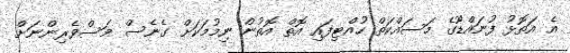
އެ އަތޮޅު ފުނައްޑޫގެ މަސައްކަތް ހުއްޓިފައި އޮތް އޮތުން ނިމުމަކަށް ގެނެސް މަސްވެރިންނަށް